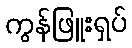
ကွန်ဖြူးရှပ်